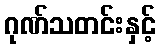
ဂုဏ်သတင်းနှင့်